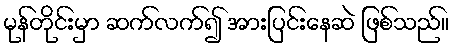
မုန်တိုင်းမှာ ဆက်လက်၍ အားပြင်းနေဆဲ ဖြစ်သည်။